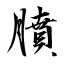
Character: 膹